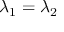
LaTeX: \lambda _ { 1 } = \lambda _ { 2 }